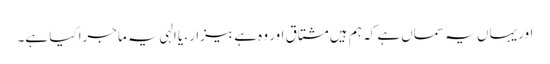
اور یہاں یہ سماں ہے کہ ہم ہیں مشتاق اور وہ ہے بیزار، یا الہی یہ ماجرا کیا ہے۔